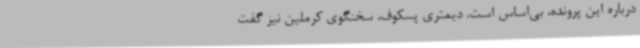
درباره این پرونده، بی‌اساس است. دیمتری پسکوف، سخنگوی کرملین نیز گفت